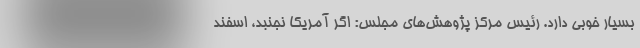
بسیار خوبی دارد. رئیس مرکز پژوهش‌های مجلس: اگر آمریکا نجنبد، اسفند